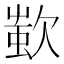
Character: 𣣷